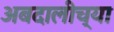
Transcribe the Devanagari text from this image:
अबदालीच्या